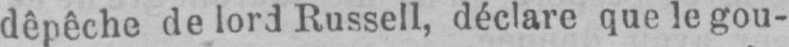
dépêche de lord Russell, déclare que le gou-